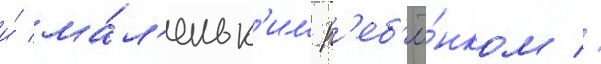
и́ ма́л'еньк'им р'еб'ё́нком //